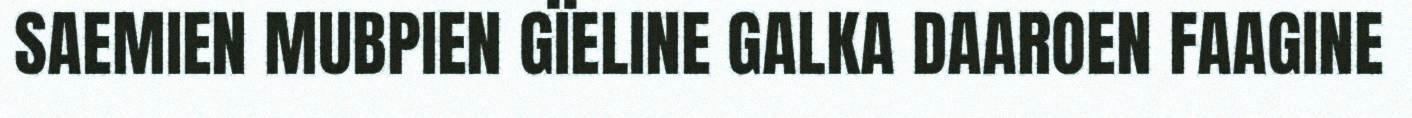
SAEMIEN MUBPIEN GÏELINE GALKA DAAROEN FAAGINE